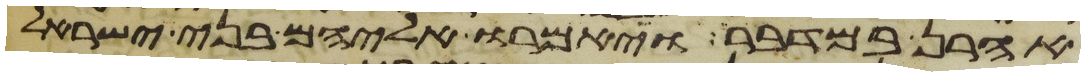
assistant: אהרן במדבר ויאמרו אליהם בני ישראל